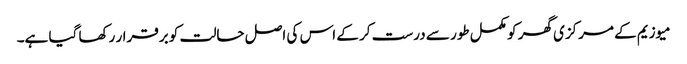
میوزیم کے مرکزی گھر کو مکمل طور سے درست کر کے اس کی اصل حالت کو برقرار رکھا گیا ہے۔